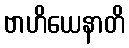
ဗာဟိယေနာတိ